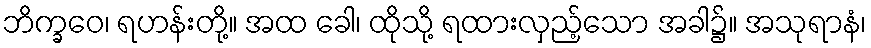
ဘိက္ခဝေ၊ ရဟန်းတို့။ အထ ခေါ၊ ထိုသို့ ရထားလှည့်သော အခါ၌။ အသုရာနံ၊